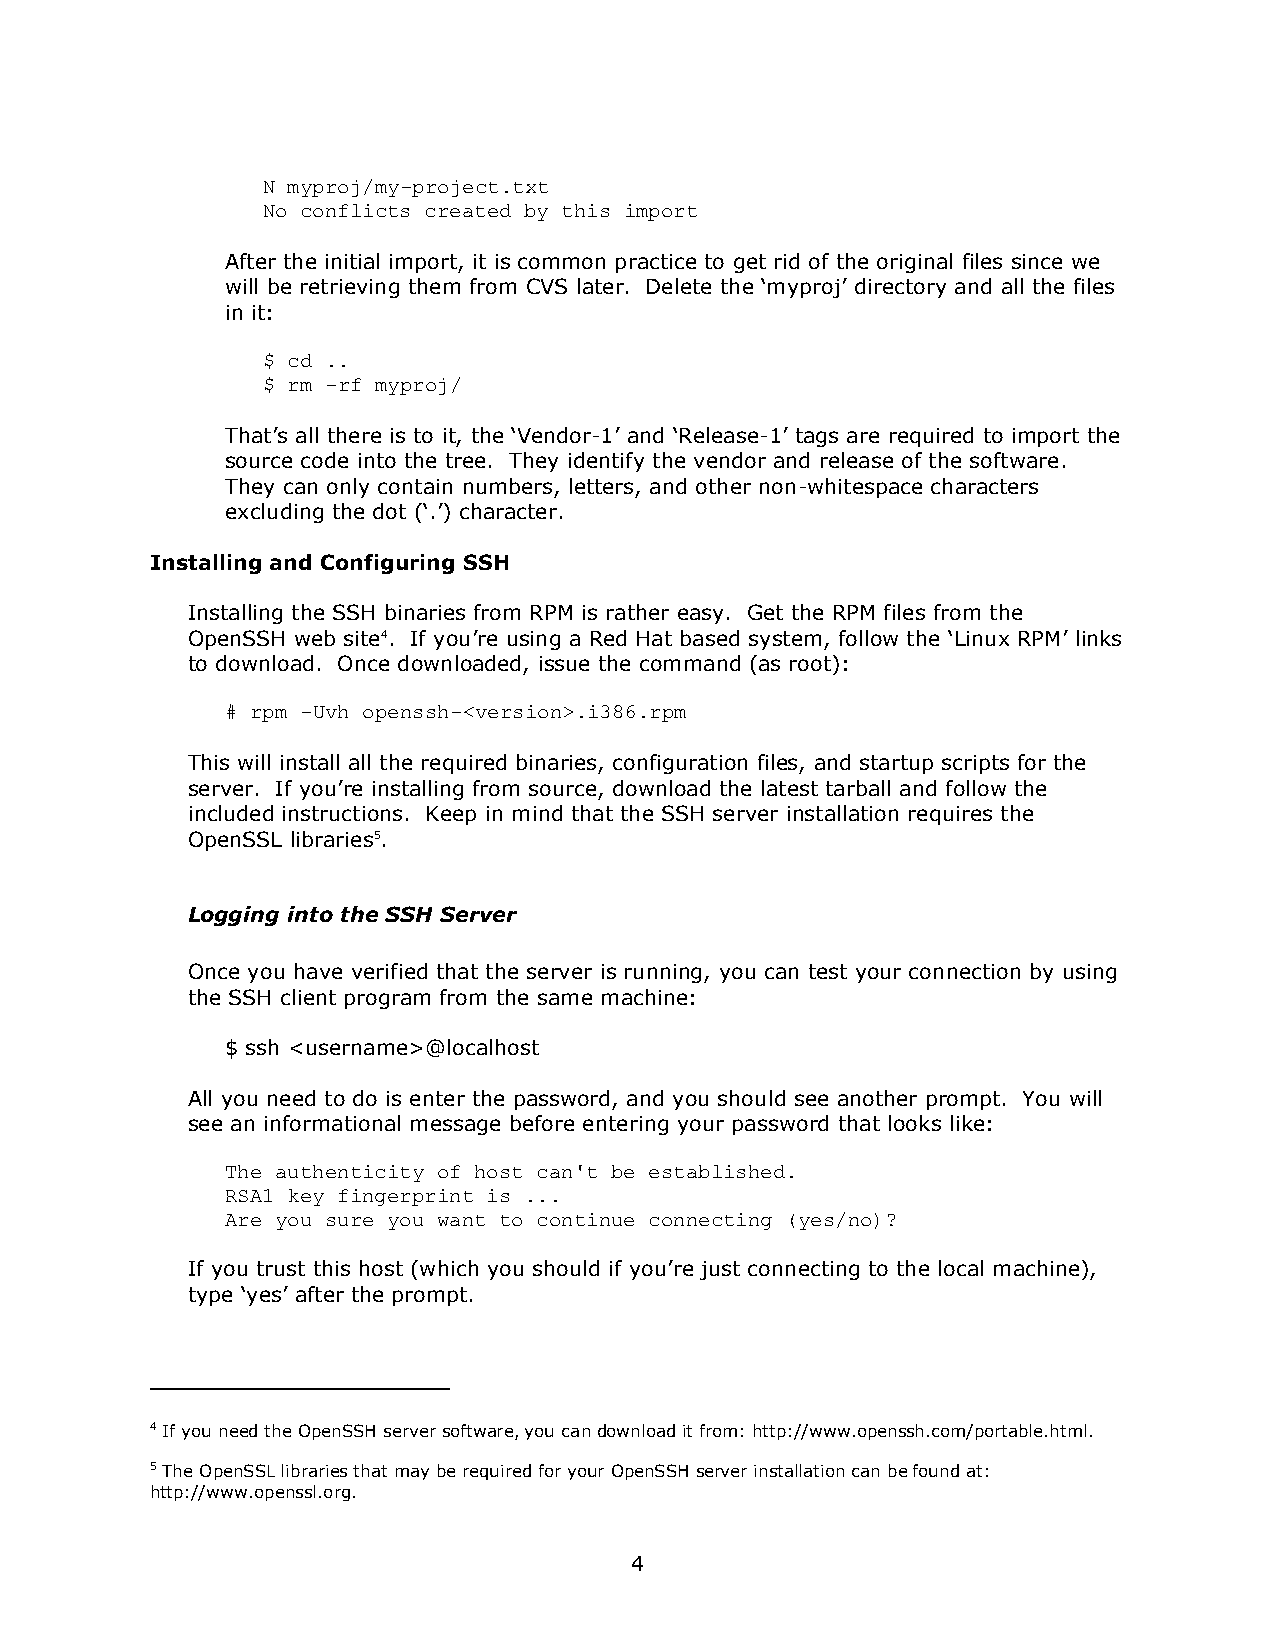
N myproj/my-project.txt
 No conflicts created by this import
 After the initial import, it is common practice to get rid of the original files since we
 will be retrieving them from CVS later. Delete the ’myproj“ directory and all the files
 in it:
 $ cd ..
 $ rm -rf myproj/
 That“s all there is to it, the ’Vendor-1“ and ’Release-1“ tags are required to import the
 source code into the tree. They identify the vendor and release of the software.
 They can only contain numbers, letters, and other non-whitespace characters
 excluding the dot (’.“) character.
 Installing and Configuring SSH
 Installing the SSH binaries from RPM is rather easy. Get the RPM files from the
 OpenSSH web site4. If you“re using a Red Hat based system, follow the ’Linux RPM“ links
 to download. Once downloaded, issue the command (as root):
 # rpm -Uvh openssh-<version>.i386.rpm
 This will install all the required binaries, configuration files, and startup scripts for the
 server. If you“re installing from source, download the latest tarball and follow the
 included instructions. Keep in mind that the SSH server installation requires the
 OpenSSL libraries5.
 Logging into the SSH Server
 Once you have verified that the server is running, you can test your connection by using
 the SSH client program from the same machine:
 $ ssh <username>@localhost
 All you need to do is enter the password, and you should see another prompt. You will
 see an informational message before entering your password that looks like:
 The authenticity of host can't be established.
 RSA1 key fingerprint is ...
 Are you sure you want to continue connecting (yes/no)?
 If you trust this host (which you should if you“re just connecting to the local machine),
 type ’yes“ after the prompt.
 4 If you need the OpenSSH server software, you can download it from: http://www.openssh.com/portable.html.
 5 The OpenSSL libraries that may be required for your OpenSSH server installation can be found at:
 http://www.openssl.org.
 4